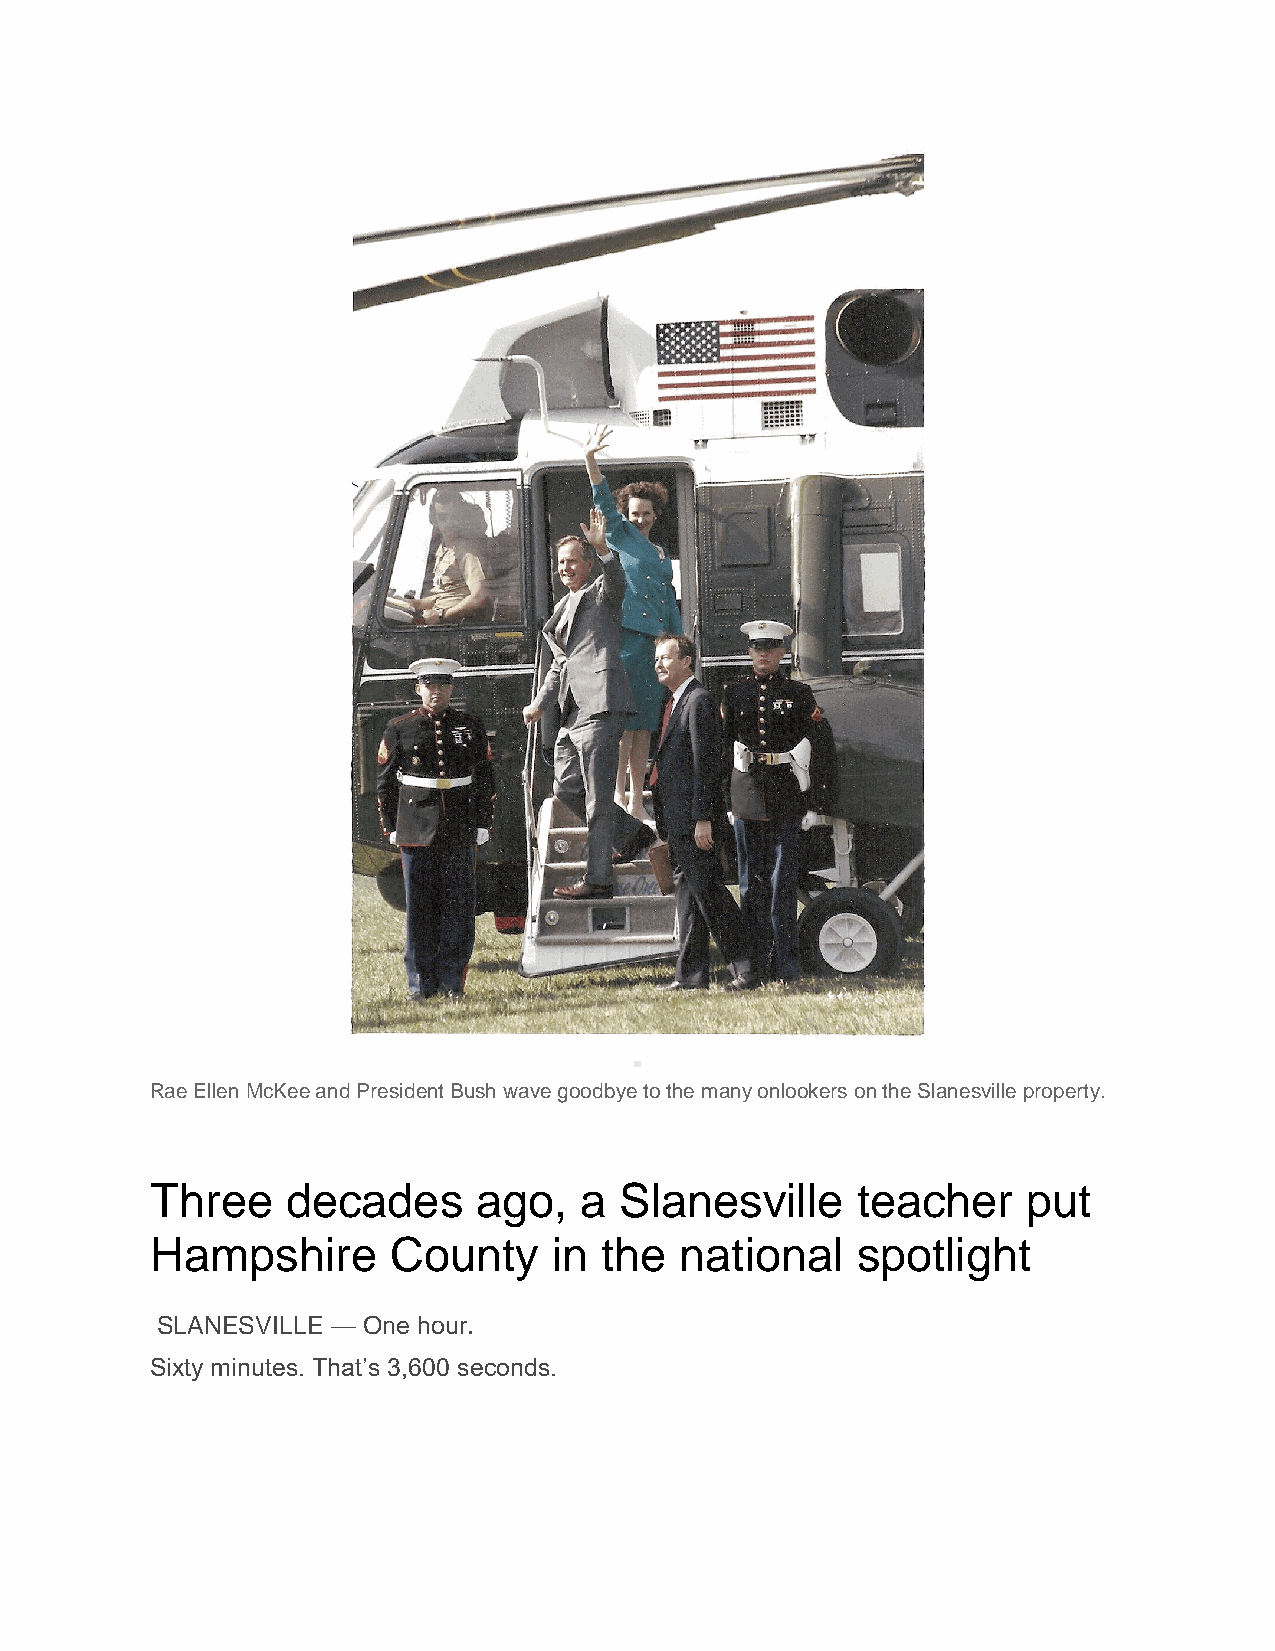
Rae Ellen McKee and President Bush wave goodbye to the many onlookers on the Slanesville property.
 Three    decades      ago,  a  Slanesville     teacher    put
 Hampshire       County     in the  national    spotlight
 SLANESVILLE — One hour.
 Sixty minutes. That’s 3,600 seconds.